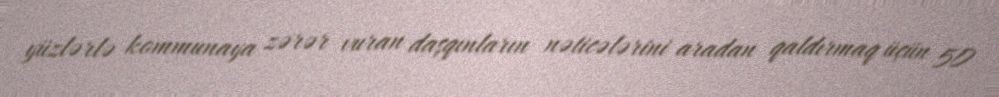
yüzlərlə kommunaya zərər vuran daşqınların nəticələrini aradan qaldırmaq üçün 50